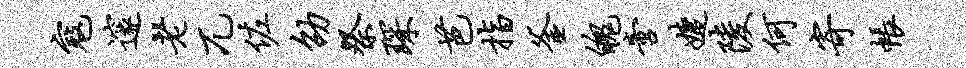
寇邃老兀佐劭祭琛芭指釜魄啻婕陵何寄帐